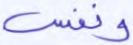
ونفس